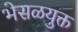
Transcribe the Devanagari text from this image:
भेसळयुक्त